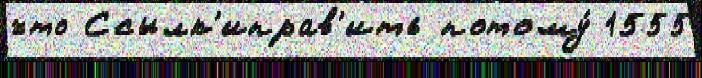
что Ссылк'иправ'ить потому́ 1555